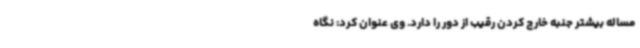
مساله بیشتر جنبه خارج کردن رقیب از دور را دارد. وی عنوان کرد: نگاه